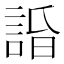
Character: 𧨥